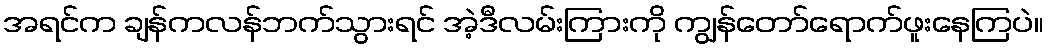
အရင်က ချန်ကလန်ဘက်သွားရင် အဲ့ဒီလမ်းကြားကို ကျွန်တော်ရောက်ဖူးနေကြပဲ။